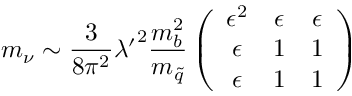
m _ { \nu } \sim { \frac { 3 } { 8 \pi ^ { 2 } } } { \lambda ^ { \prime } } ^ { 2 } { \frac { m _ { b } ^ { 2 } } { m _ { \tilde { q } } } } \left( \begin{array} { c c c } { { \epsilon ^ { 2 } } } & { { \epsilon } } & { { \epsilon } } \\ { { \epsilon } } & { { 1 } } & { { 1 } } \\ { { \epsilon } } & { { 1 } } & { { 1 } } \end{array} \right)